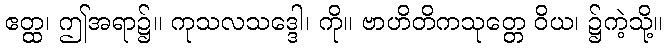
ဧတ္ထ၊ ဤအရာ၌။ ကုသလသဒ္ဒေါ၊ ကို။ ဗာဟိတိကသုတ္တေ ဝိယ၊ ၌ကဲ့သို့။